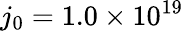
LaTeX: j_{0}=1.0\times 10^{19}